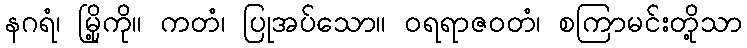
နဂရံ၊ မြို့ကို။ ကတံ၊ ပြုအပ်သော။ ဝရရာဇဝတံ၊ စကြာမင်းတို့သာ